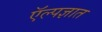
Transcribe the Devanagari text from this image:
ऍल्पज्ञात